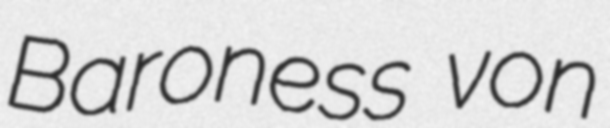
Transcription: Baroness von